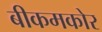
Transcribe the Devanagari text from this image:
बीकमकोर